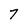
Character: 7